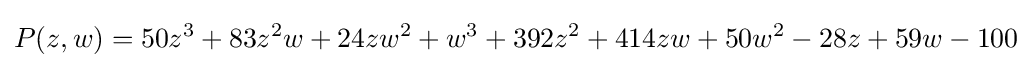
P(z,w)=50z^{3}+83z^{2}w+24zw^{2}+w^{3}+392z^{2}+414zw+50w^{2}-28z+59w-100